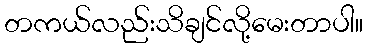
တကယ်လည်းသိချင်လို့မေးတာပါ။